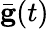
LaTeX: \bar{\mathbf g}(t)